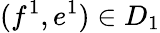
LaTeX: (f^{1},e^{1})\in D_{1}